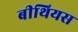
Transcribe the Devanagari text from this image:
बीथियस